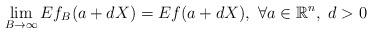
LaTeX: \begin{align*} \lim_{B\to\infty} Ef_B(a+dX)= Ef(a+dX),\ \forall a\in\mathbb{R}^n,\ d>0\end{align*}